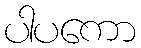
ပါပကော